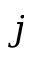
j